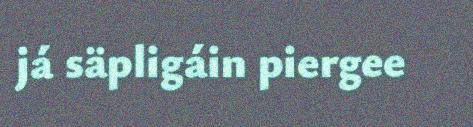
já säpligáin piergee